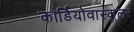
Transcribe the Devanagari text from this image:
कार्डियोवास्कुलर